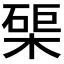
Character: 𭫑